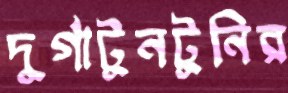
দুর্গাটুনটুনির